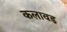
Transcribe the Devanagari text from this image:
कलावड